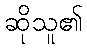
ဆိုသူ၏